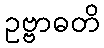
ဥဗ္ဗာဓတိ